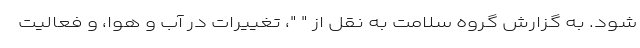
شود. به گزارش گروه سلامت به نقل از " "، تغییرات در آب و هوا، و فعالیت